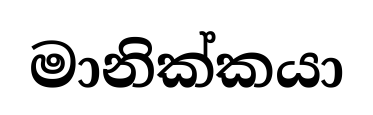
මානික්කයා